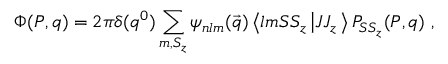
\Phi ( P , q ) = 2 \pi \delta ( q ^ { 0 } ) \sum _ { m , S _ { z } } \psi _ { n l m } ( \vec { q } ) \left< l m S S _ { z } \left| J J _ { z } \right. \right> P _ { S S _ { z } } ( P , q ) \ ,